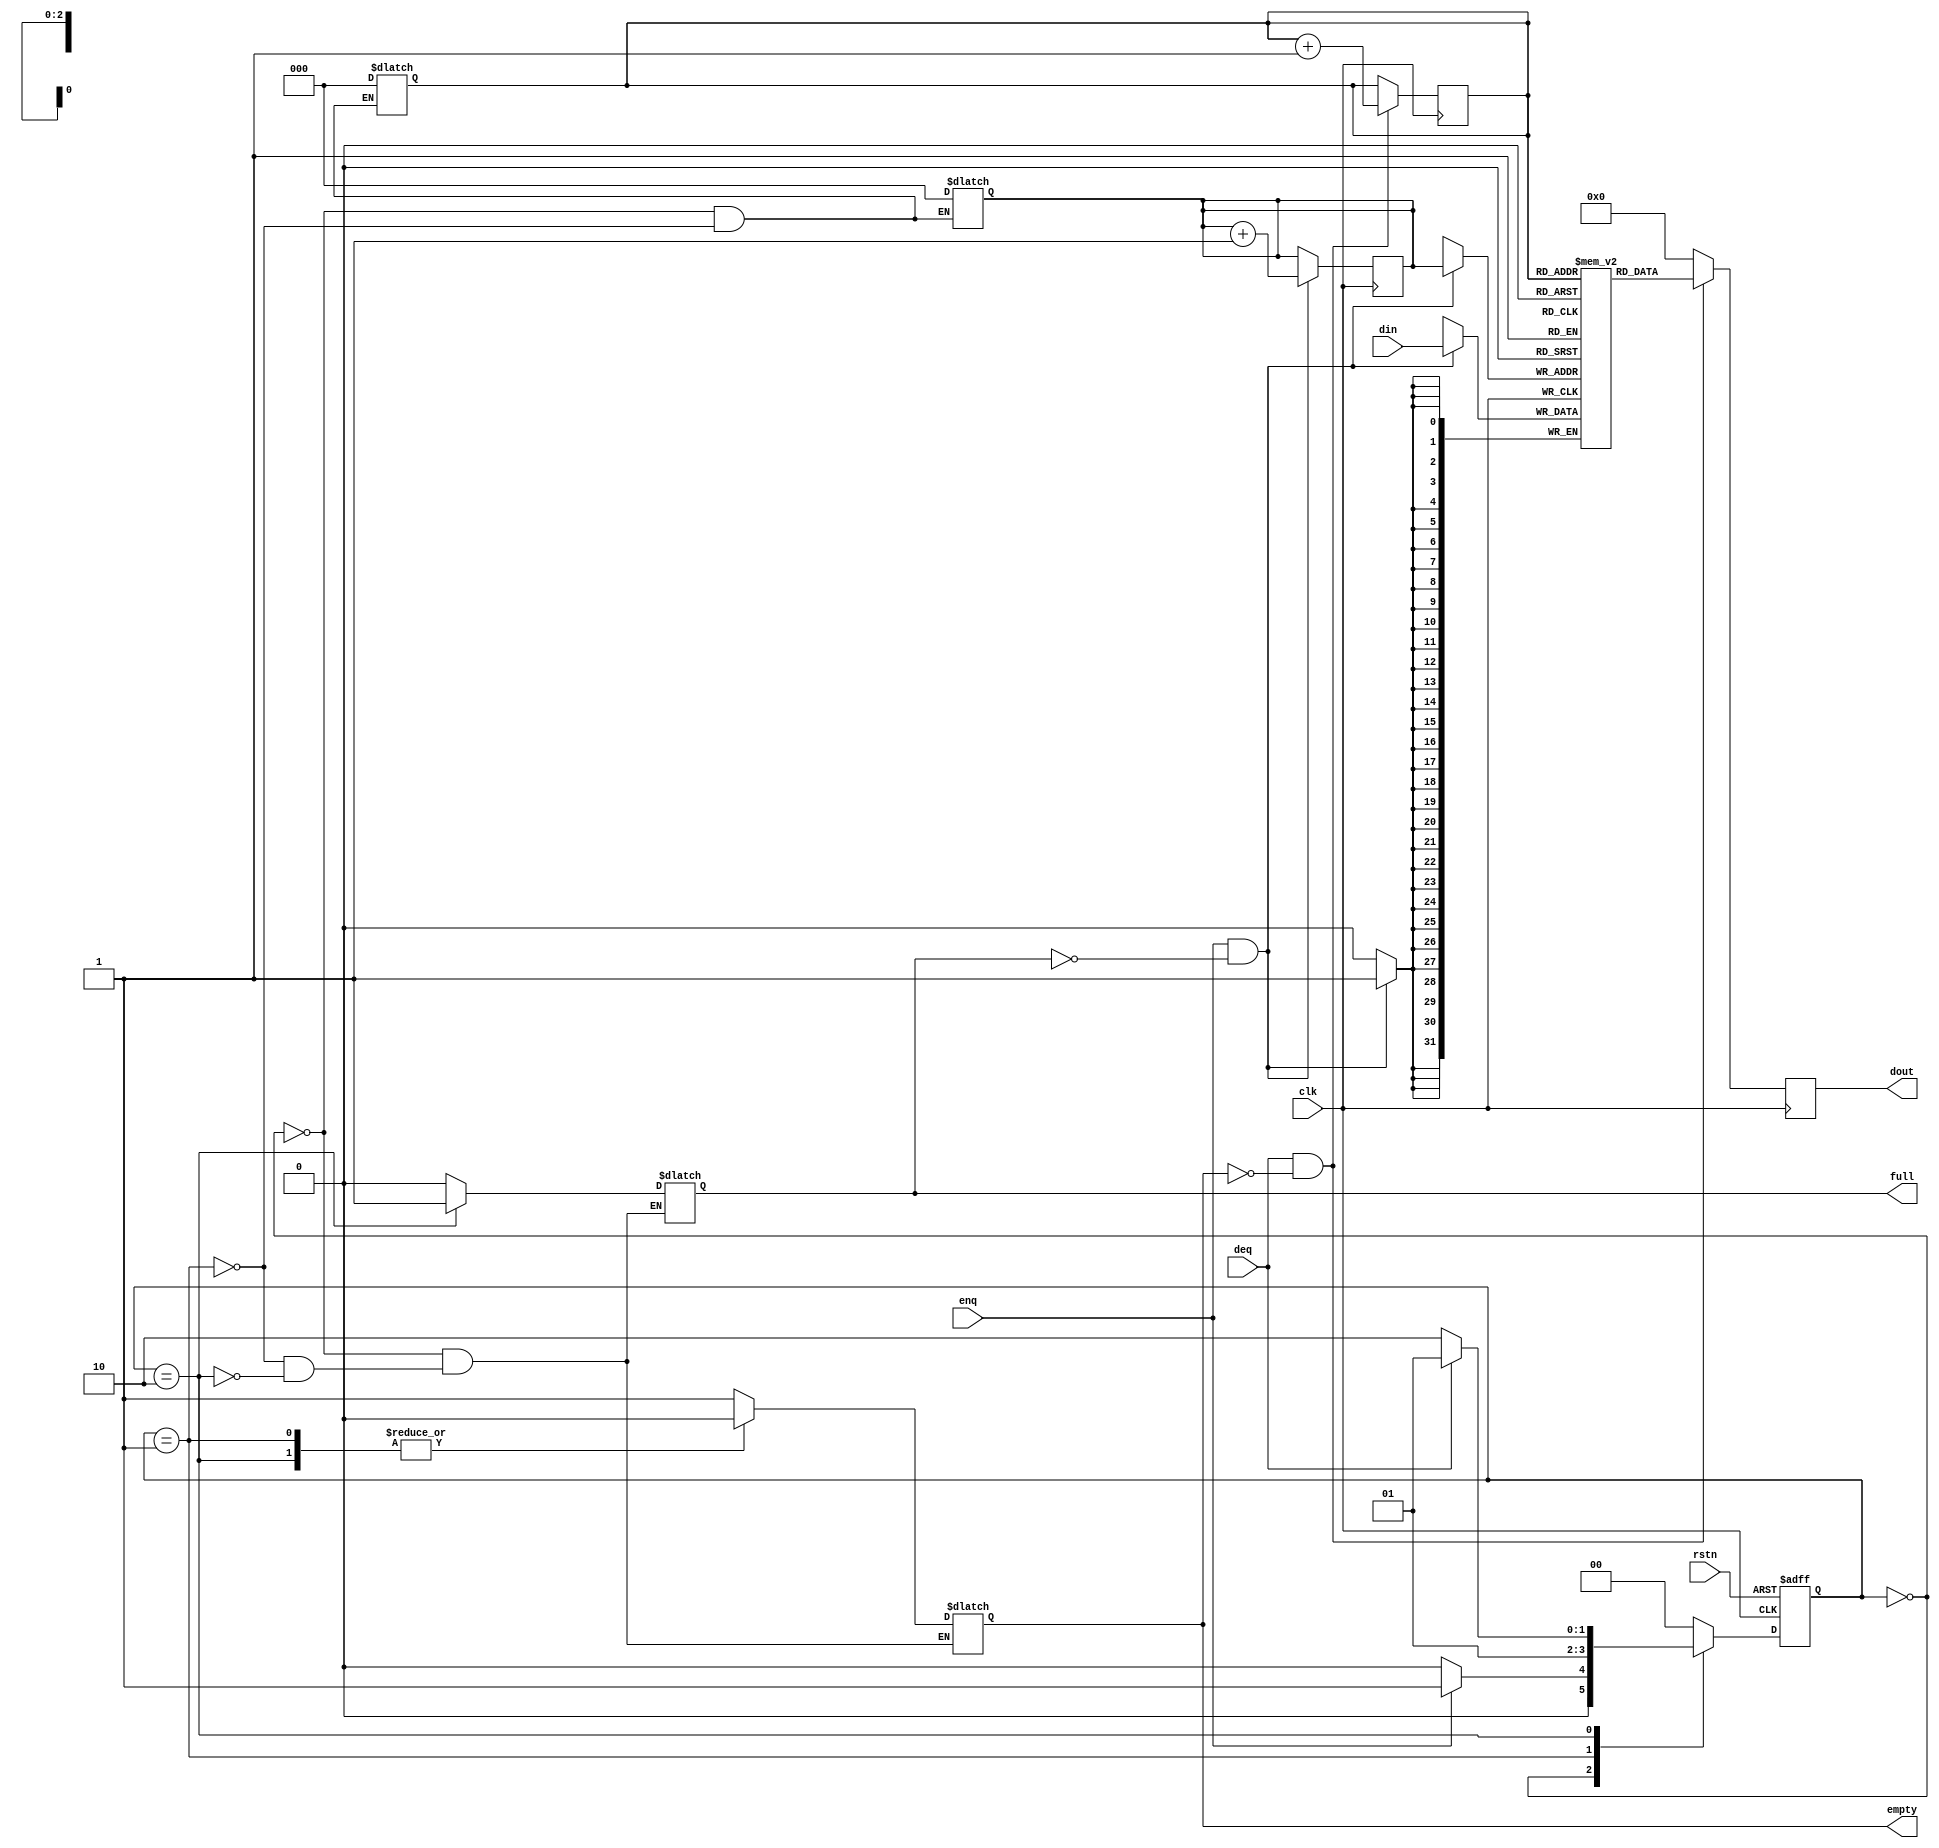
module queue (clk, rstn, enq, deq, din, dout, full, empty);
    
   parameter
	    DWIDTH = 32,
	    POINTER_WIDTH = 3,
	    Q_DEPTH = 8;

   localparam
            EMPTY = 2'b00,
            NOT_EMPTY = 2'b01,
            FULL = 2'b10;
   
   input        clk;
   input        rstn;
   input 	      enq;
   input 	      deq;
   input [DWIDTH-1:0] din;
   
   
   output 	   full;
   output 	   empty;
   output [DWIDTH-1:0] dout;

   reg	       full;
   reg		     empty;
   reg [DWIDTH-1:0]    dout;
   
   reg [DWIDTH-1:0]    queue [0:(Q_DEPTH-1)];
   reg [POINTER_WIDTH-1:0] head;
   reg [POINTER_WIDTH-1:0] tail;
   reg [1:0] 	state;
   reg [1:0] 	next_state;
      
   wire [POINTER_WIDTH-1:0] no_of_entry;
   assign no_of_entry = tail - head ;
   
   always @(posedge clk or negedge rstn) begin
	  if(!rstn) begin
	    state <= EMPTY;
	  end else begin
	    state <= next_state;
    end // if
   end // always


   always @* begin
	  case (state)
	    EMPTY: begin
	            empty = 1'b1;
	            full = 1'b0;
	            head = 3'b0;
	            tail = 3'b0;
	            if(!enq) next_state = EMPTY;
	            else next_state = NOT_EMPTY;
	           end
	    NOT_EMPTY: begin
	                empty = 1'b0;
	                full = 1'b0;
	                head = 3'b0;
	                tail = 3'b0;
	                if (deq && ~enq && (tail == (head + 1'b1)))
		                next_state = EMPTY;
	                else if (enq && ~deq && ((tail + 1'b1) == head))
		                next_state = FULL;
	                else if (enq && deq)
		                next_state = NOT_EMPTY;
	                else
		                next_state = NOT_EMPTY;
	               end
	    FULL: begin
	           empty = 1'b0;
	           full = 1'b1;
	           if (!deq) next_state = FULL;
	           else next_state = NOT_EMPTY;
	          end
	    default: next_state = EMPTY;
	  endcase
   end // always @*
   
   always @(posedge clk) begin
    if (enq && !full) begin
		  queue[tail] <= din;
		  tail <= tail + 1'b1;
	  end
	  if (deq && !empty) begin
		  dout <= queue[head];
		  head <= head + 1'b1;
	  end
          else dout <=32'b0;
   end // always 

endmodule